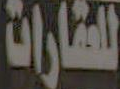
للعقارات